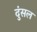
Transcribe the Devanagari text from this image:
दुंसल